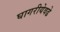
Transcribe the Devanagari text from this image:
घागरीयेवढे